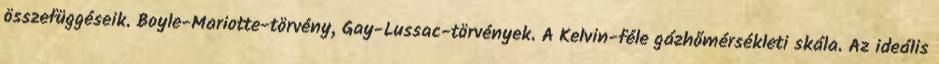
összefüggéseik. Boyle-Mariotte-törvény, Gay-Lussac-törvények. A Kelvin-féle gázhőmérsékleti skála. Az ideális